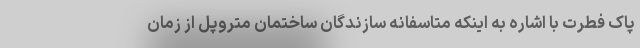
پاک فطرت با اشاره به اینکه متاسفانه سازندگان ساختمان متروپل از زمان